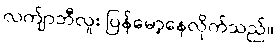
လက်ျာဘီလူး ပြန်မော့နေလိုက်သည်။